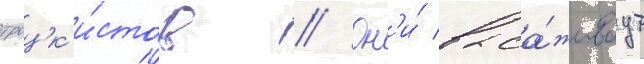
троцк'и́стов // Он'и́ выса́живаут